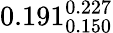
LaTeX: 0.191_{0.150}^{0.227}